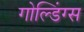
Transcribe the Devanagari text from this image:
गोल्डिंग्स